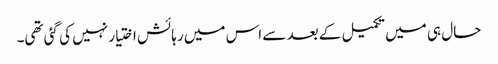
حال ہی میں تکمیل کے بعد سے اس میں رہائش اختیار نہیں کی گئی تھی۔